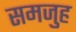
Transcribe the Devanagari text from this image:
समजुह